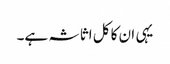
یہی ان کا کل اثاثہ ہے۔